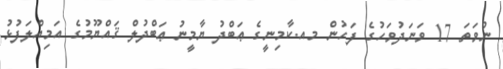
ނުވަތަ 17 ވަނަދުވަހުގެ ފަހުން މއ.ކާމިނީގެ ޢަބްދު ޔާމީނު ޢަބްދުލް ޤައްޔޫމުގެ އަމިއްލަފުޅު